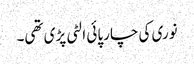
نوری کی چارپائی الٹی پڑی تھی۔